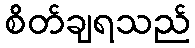
စိတ်ချရသည်